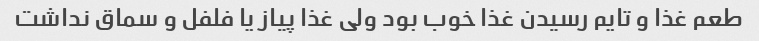
طعم غذا و تایم رسیدن غذا خوب بود ولی غذا پیاز یا فلفل و سماق نداشت